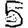
Digit: 5